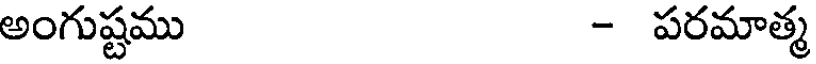
అంగుష్టము - పరమాత్మ